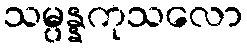
သမ္ပန္နကုသလော